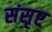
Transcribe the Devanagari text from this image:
संसृष्ट